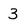
Character: 3